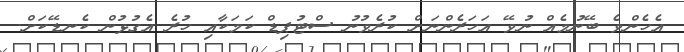
އެހެންވެ ބޭނުމެއް ނުވޭ އަހަރެންނަށް ކުރެވުނު ސްޓުޕިޑް ކަމަކާއި ހުރެ އެގުޅުން ކެނޑޭކަށް.